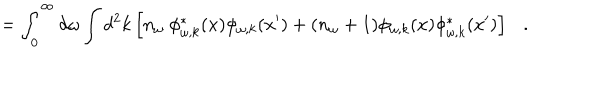
= \int _ { 0 } ^ { \infty } d \omega \int d ^ { 2 } k \left[ n _ { \omega } ~ \phi _ { \omega , k } ^ { * } ( x ) \phi _ { \omega , k } ( x ^ { \prime } ) + ( n _ { \omega } + 1 ) \phi _ { \omega , k } ( x ) \phi _ { \omega , k } ^ { * } ( x ^ { \prime } ) \right] .